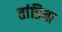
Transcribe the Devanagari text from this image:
तांडिया